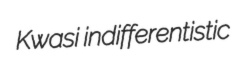
Kwasi indifferentistic